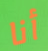
أنا